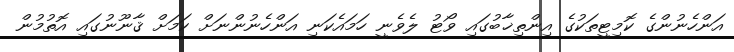
އަންހެނުންގެ ކޮމިޓީތަކުގެ އިންތިޚާބުގައި ވޯޓު ލެވެނީ ހަމައެކަނި އަންހެނުންނަށް ކަމަށް ޤާނޫނުގައި އޮތުމުން